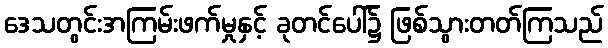
ဒေသတွင်းအကြမ်းဖက်မှုနှင့် ခုတင်ပေါ်၌ ဖြစ်သွားတတ်ကြသည်